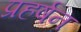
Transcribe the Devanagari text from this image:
प्रहर्षन